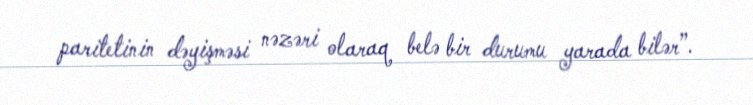
paritetinin dəyişməsi nəzəri olaraq belə bir durumu yarada bilər”.